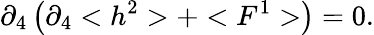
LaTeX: \partial_{4}\left(\partial_{4}<h^{2}>+<F^{1}>\right)=0.